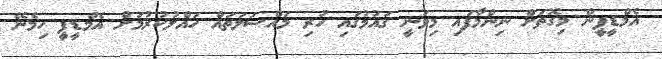
އެމްޑީޕީން މިގޮތަށް ނިންމާފައި މިވަނީ ގައުމުގައި ހުރި މައްސަލަތައް ހައްލުކުރުމަށް އެމްޑީޕީ ހިމެނޭ